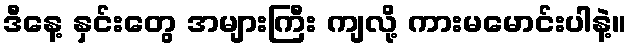
ဒီနေ့ နှင်းတွေ အများကြီး ကျလို့ ကားမမောင်းပါနဲ့။